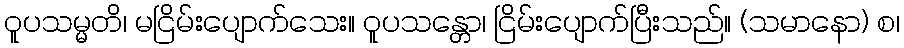
ဝူပသမ္မတိ၊ မငြိမ်းပျောက်သေး။ ဝူပသန္တော၊ ငြိမ်းပျောက်ပြီးသည်။ (သမာနော) စ၊